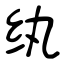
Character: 纨